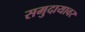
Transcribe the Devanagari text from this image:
समुदायावर